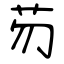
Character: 芴